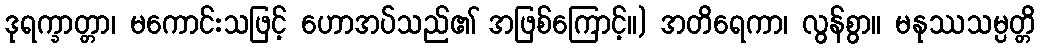
ဒုရက္ခာတ္တာ၊ မကောင်းသဖြင့် ဟောအပ်သည်၏ အဖြစ်ကြောင့်။) အတိရေကာ၊ လွန်စွာ။ မနုဿသမ္ပတ္တိ